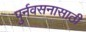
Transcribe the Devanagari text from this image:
पुर्नवसनासाठी